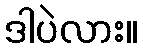
ဒါပဲလား။